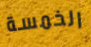
الخمسة